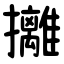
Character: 攡